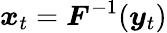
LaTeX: \boldsymbol{x}_{t}=\boldsymbol{F}^{-1}(\boldsymbol{y}_{t})